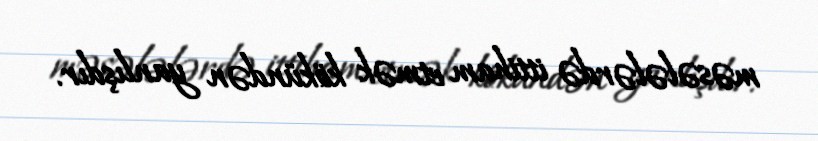
məsələlərdə ittiham etmək kökündən yanlışdır.